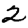
Digit: 2